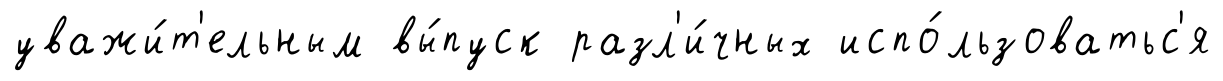
уважи́т'ельным вы́пуск разл'и́чных испо́льзоватьс'я